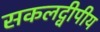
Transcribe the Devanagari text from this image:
सकलद्वीपीय